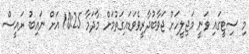
މި ސިޓީގައި ވަނީ މަޖިލީހަށް ޖަވާބުދާރީވެވަޑައިގަތުމަށް މާދަމާ 10:25 އަށް ނައިބު ރައީސް